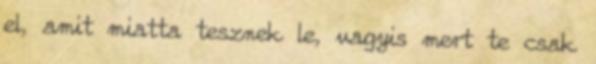
el, amit miatta tesznek le, vagyis mert te csak